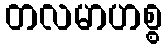
တလမာဟစ္စ